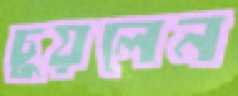
চুয়লেন